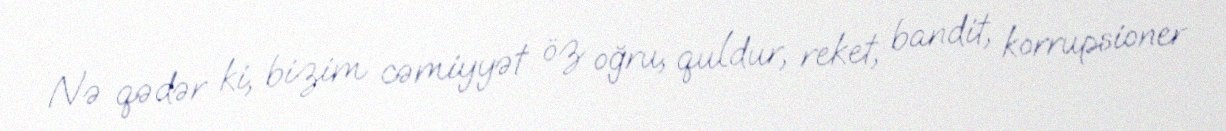
Nə qədər ki, bizim cəmiyyət öz oğru, quldur, reket, bandit, korrupsioner